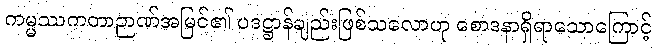
ကမ္မဿကတာဉာဏ်အမြင်၏ ပဒဋ္ဌာန်ချည်းဖြစ်သလောဟု စောဒနာရှိရာသောကြောင့်